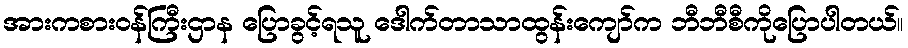
အားကစားဝန်ကြီးဌာန ပြောခွင့်ရသူ ဒေါက်တာသာထွန်းကျော်က ဘီဘီစီကိုပြောပါတယ်။